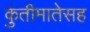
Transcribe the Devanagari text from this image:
कुंतीमातेसह